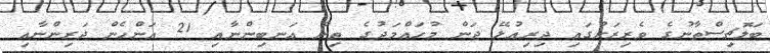
ބަލޮޗިސްތާނުގެ ވެރިރަށުގައި ދިރިއުޅޭ ޖަން މުހައްމަދުގެ ތިން އަނބިންނާއި 21 އަންހެން ދަރިންނާއި